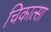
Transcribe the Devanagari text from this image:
चिकात्सा